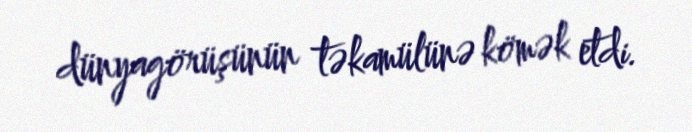
dünyagörüşünün təkamülünə kömək etdi.